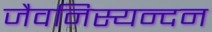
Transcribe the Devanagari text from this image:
जैवनिस्यन्दन